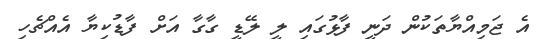
އެ ޖަމިއްޔާތަކުން ދަނީ ފާޅުގައި ލީ ލޭޑީ ގާގާ އަށް ފާޑުކިޔާ އެއްޗެހި